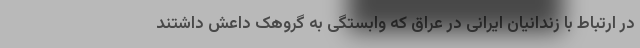
در ارتباط با زندانیان ایرانی در عراق که وابستگی به گروهک داعش داشتند